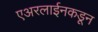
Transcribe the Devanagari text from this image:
एअरलाईनकडून